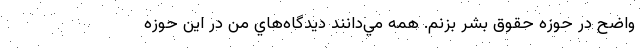
واضح در حوزه حقوق بشر بزنم. همه مي‌دانند ديدگاه‌هاي من در اين حوزه